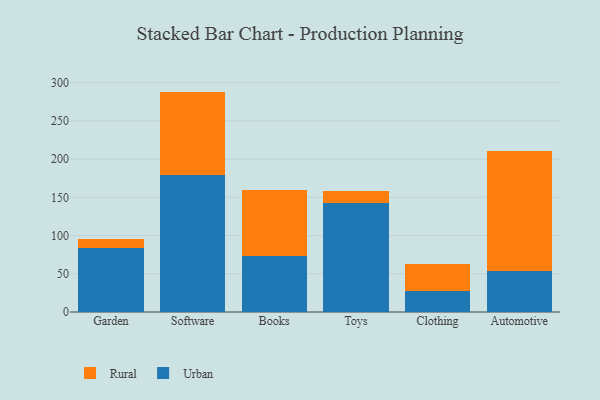
{"axis": {"x": "Category", "y": "Website Visitors"}, "legend": ["Rural", "Urban"], "data": [{"x": "Garden", "y": 84.3, "type": "Urban"}, {"x": "Garden", "y": 11.3, "type": "Rural"}, {"x": "Software", "y": 179.0, "type": "Urban"}, {"x": "Software", "y": 109.3, "type": "Rural"}, {"x": "Books", "y": 73.8, "type": "Urban"}, {"x": "Books", "y": 86.0, "type": "Rural"}, {"x": "Toys", "y": 142.7, "type": "Urban"}, {"x": "Toys", "y": 15.1, "type": "Rural"}, {"x": "Clothing", "y": 27.7, "type": "Urban"}, {"x": "Clothing", "y": 35.0, "type": "Rural"}, {"x": "Automotive", "y": 53.4, "type": "Urban"}, {"x": "Automotive", "y": 156.7, "type": "Rural"}]}